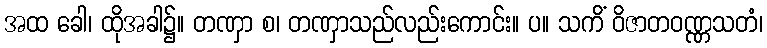
အထ ခေါ၊ ထိုအခါ၌။ တဏှာ စ၊ တဏှာသည်လည်းကောင်း။ ပ။ သကိံ ဝိဇာတဝဏ္ဏသတံ၊